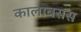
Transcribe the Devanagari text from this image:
कालाबसस